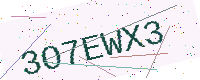
Text: 3O7EWX3